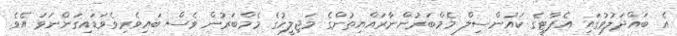
އެ ބައްދަލުވުގައި އެޕާޓީގެ ކައުންސިލް މެމްބަރުންނާރައްޔިތުންގެ މަޖިލީހުގެ މެމްބަރުން ވެސް ބައިވެރިވެވަޑައިގަންނަވަ އެވެ.